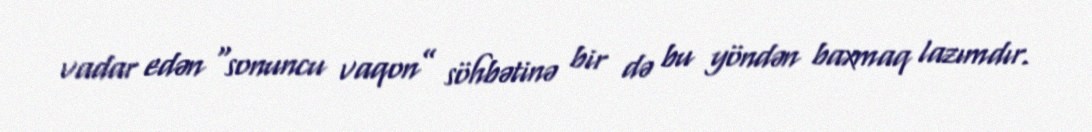
vadar edən “sonuncu vaqon” söhbətinə bir də bu yöndən baxmaq lazımdır.